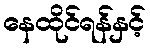
နေထိုင်ရန်နှင့်